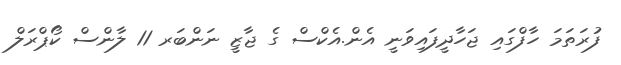
ފުރަތަމަ ހާފްގައި ޖަހާދީފައިވަނީ އެން.އެކްސް ގެ ޖާޒީ ނަންބަރ 11 ލާންސް ކޯޕްރަލް